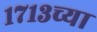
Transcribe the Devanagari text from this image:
१७१३च्या